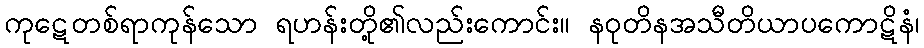
ကုဋေတစ်ရာကုန်သော ရဟန်းတို့၏လည်းကောင်း။ နဝုတိနအသီတိယာပကောဋိနံ၊